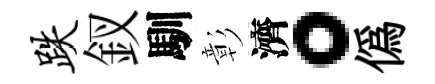
跌釵馴彰濟。偽